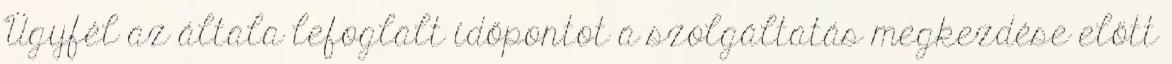
Ügyfél az általa lefoglalt időpontot a szolgáltatás megkezdése előtt